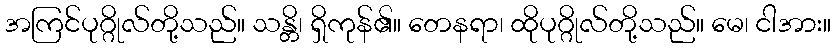
အကြင်ပုဂ္ဂိုလ်တို့သည်။ သန္တိ၊ ရှိကုန်၏။ တေနရာ၊ ထိုပုဂ္ဂိုလ်တို့သည်။ မေ၊ ငါအား။